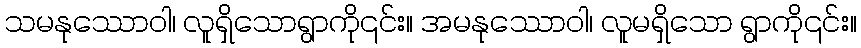
သမနုဿောဝါ၊ လူရှိသောရွာကို၎င်း။ အမနုဿောဝါ၊ လူမရှိသော ရွာကို၎င်း။